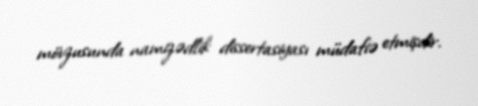
mövzusunda namizədlik dissertasiyası müdafiə etmişdir.